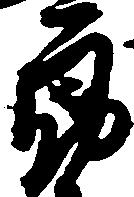
郎